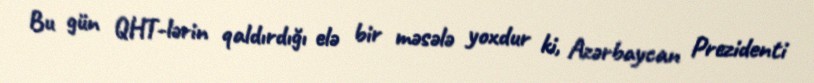
Bu gün QHT-lərin qaldırdığı elə bir məsələ yoxdur ki, Azərbaycan Prezidenti